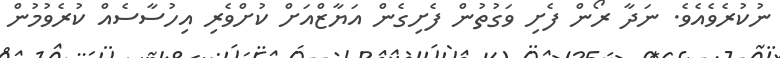
ނުކުރެވެއެވެ. ނަދާ ރޯން ފެށި ވަގުތުން ފެށިގެން އަޔާޒްއަށް ކުށްވެރި އިހުސާސެއް ކުރެވުމުން